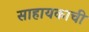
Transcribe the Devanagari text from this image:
साहायकाची